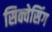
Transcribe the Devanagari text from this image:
सिक्वेसिंग